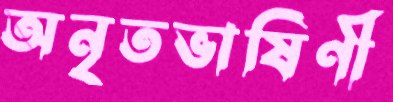
অনৃতভাষিণী